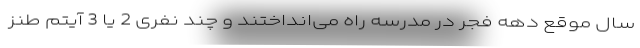
سال موقع دهه فجر در مدرسه راه می‌انداختند و چند نفری 2 یا 3 آیتم طنز